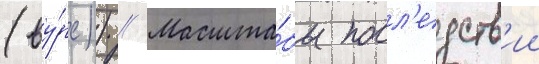
(ву́рс)) // Масшта́бы посл'едств'ии